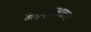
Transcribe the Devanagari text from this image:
मातृत्वभावना